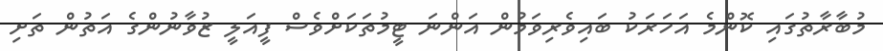
މުބާރާތުގައި ކޮންމެ އަހަރަކު ބައިވެރިވަމުން އަންނަ ޓީމުތަކަށްވެސް ފީއަލީ ޒުވާނުންގެ އަތުން ތަށި